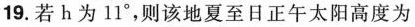
19. 若h为11°，则该地夏至日正午太阳高度为